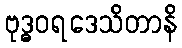
ဗုဒ္ဓဝရဒေသိတာနိ